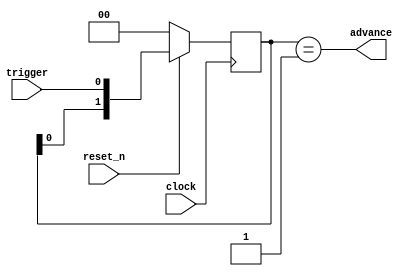
// SPDX-FileCopyrightText: 2020 Efabless Corporation
//
// Licensed under the Apache License, Version 2.0 (the "License");
// you may not use this file except in compliance with the License.
// You may obtain a copy of the License at
//
//      http://www.apache.org/licenses/LICENSE-2.0
//
// Unless required by applicable law or agreed to in writing, software
// distributed under the License is distributed on an "AS IS" BASIS,
// WITHOUT WARRANTIES OR CONDITIONS OF ANY KIND, either express or implied.
// See the License for the specific language governing permissions and
// limitations under the License.
// SPDX-License-Identifier: Apache-2.0

`default_nettype none
/*
 *-------------------------------------------------------------
 *
 * impulse
 *
 *
 *-------------------------------------------------------------
 */



module impulse(
  input clock,
  input reset_n,
  input trigger,
  output advance
);

  reg [1:0] impulse_gen;

  always@(posedge clock)
  begin
    if(reset_n)
    begin
      impulse_gen <= {impulse_gen[0],trigger};
    end
    else
    begin
      impulse_gen <= 2'b0;
    end
  end

  assign advance = impulse_gen == 2'b01;

endmodule

/*
 *-------------------------------------------------------------
 *
 * impulse_no_reset
 *
 *
 *-------------------------------------------------------------
 */
module impulse_no_reset(
  input clock,
  input trigger,
  output advance
);

  reg [1:0] impulse_gen;

  always@(posedge clock)
  begin
    impulse_gen <= {impulse_gen[0],trigger};
  end

  assign advance = impulse_gen == 2'b01;

endmodule